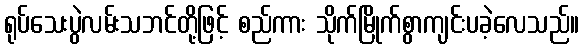
ရုပ်သေးပွဲလမ်းသဘင်တို့ဖြင့် စည်ကား သိုက်မြိုက်စွာကျင်းပခဲ့လေသည်။